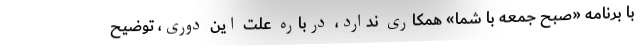
با برنامه «صبح جمعه با شما» همکاری ندارد، درباره علت این دوری، توضیح